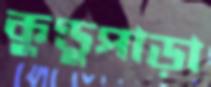
কুণ্ডুপাড়া